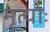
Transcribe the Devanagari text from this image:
मृत्योः